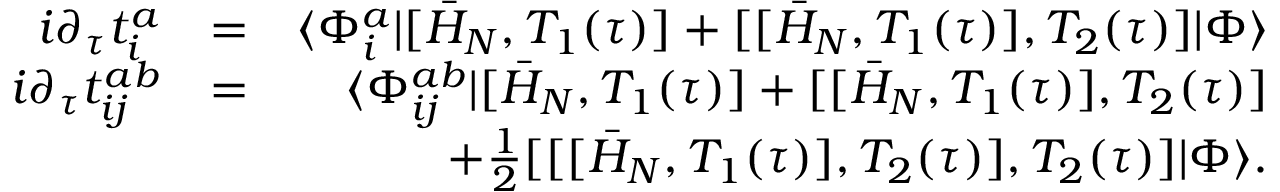
\begin{array} { r l r } { i \partial _ { \tau } t _ { i } ^ { a } } & { = } & { \langle \Phi _ { i } ^ { a } | [ \bar { H } _ { N } , T _ { 1 } ( \tau ) ] + [ [ \bar { H } _ { N } , T _ { 1 } ( \tau ) ] , T _ { 2 } ( \tau ) ] | \Phi \rangle } \\ { i \partial _ { \tau } t _ { i j } ^ { a b } } & { = } & { \langle \Phi _ { i j } ^ { a b } | [ \bar { H } _ { N } , T _ { 1 } ( \tau ) ] + [ [ \bar { H } _ { N } , T _ { 1 } ( \tau ) ] , T _ { 2 } ( \tau ) ] } \\ & { } & { + \frac { 1 } { 2 } [ [ [ \bar { H } _ { N } , T _ { 1 } ( \tau ) ] , T _ { 2 } ( \tau ) ] , T _ { 2 } ( \tau ) ] | \Phi \rangle . } \end{array}